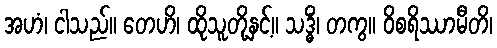
အဟံ၊ ငါသည်။ တေဟိ၊ ထိုသူတို့နှင့်။ သဒ္ဓိံ၊ တကွ။ ဝိစရိဿာမီတိ၊